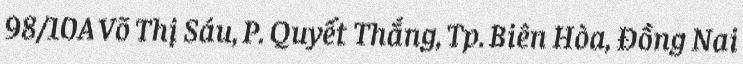
98/10A Võ Thị Sáu, P. Quyết Thắng, Tp. Biên Hòa, Đồng Nai